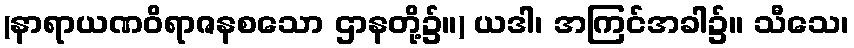
(နာရာယဏဝိရာဇနစသော ဌာနတို့၌။) ယဒါ၊ အကြင်အခါ၌။ သီသေ၊